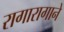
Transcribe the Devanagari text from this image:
रागारागाने